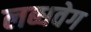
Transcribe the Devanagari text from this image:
लब्धवेग